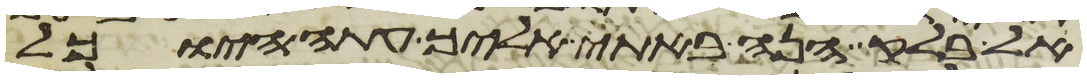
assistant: אל בלק הנה באתי אליך עתה היוכל